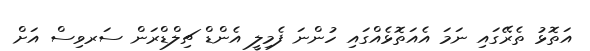
އަތޮޅު ތެރޭގައި ނަމަ އެއަތޮޅެއްގައި ހުންނަ ފެމިލީ އެންޑް ޗިލްޑްރަން ސަރވިސް އަށް